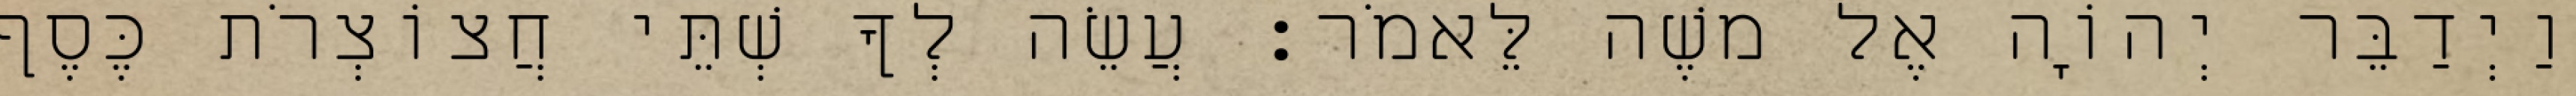
וַיְדַבֵּר יְהוָֹה אֶל משֶׁה לֵּאמֹר׃ עֲשֵׂה לְךָ שְׁתֵּי חֲצוֹצְרֹת כֶּסֶף